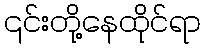
၎င်းတို့နေထိုင်ရာ